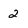
Character: 2